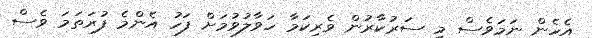
އެހެން ނަމަަވެސް މި ސަރުކާރުން ވެެރިކަމާ ހަވާލުވުމަށް ފަހު އެންމެ ފުރަތަމަ ވެސް